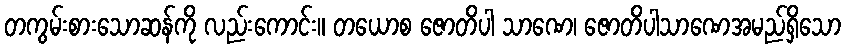
တကွမ်းစားသောဆန်ကို လည်းကောင်း။ တယောစ ဇောတိပါ သာဏေ၊ ဇောတိပါသာဏေအမည်ရှိသော